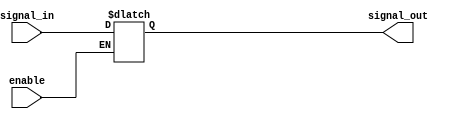
module buffer_with_enable (
    input signal_in,
    input enable,
    output reg signal_out
);

always @(signal_in, enable)
begin
    if (enable == 1'b1)
        signal_out <= signal_in;
    else
        signal_out <= signal_out; //Output held at constant value
end

endmodule